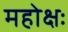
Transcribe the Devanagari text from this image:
महोक्षः